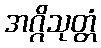
အဂ္ဂိသုတ္တံ